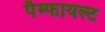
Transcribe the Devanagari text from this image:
पैम्फायल्ट